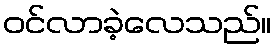
ဝင်လာခဲ့လေသည်။